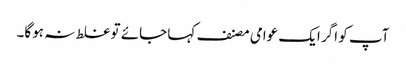
آپ کو اگر ایک عوامی مصنف کہا جائے تو غلط نہ ہوگا۔